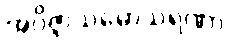
အဝိဇ္ဇာသမောသရဏာ